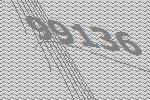
99136